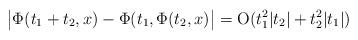
LaTeX: \begin{align*}\big|\Phi(t_1+t_2,x)-\Phi(t_1,\Phi(t_2,x)\big|={\rm O}(t_1^2|t_2|+t_2^2|t_1|)\end{align*}